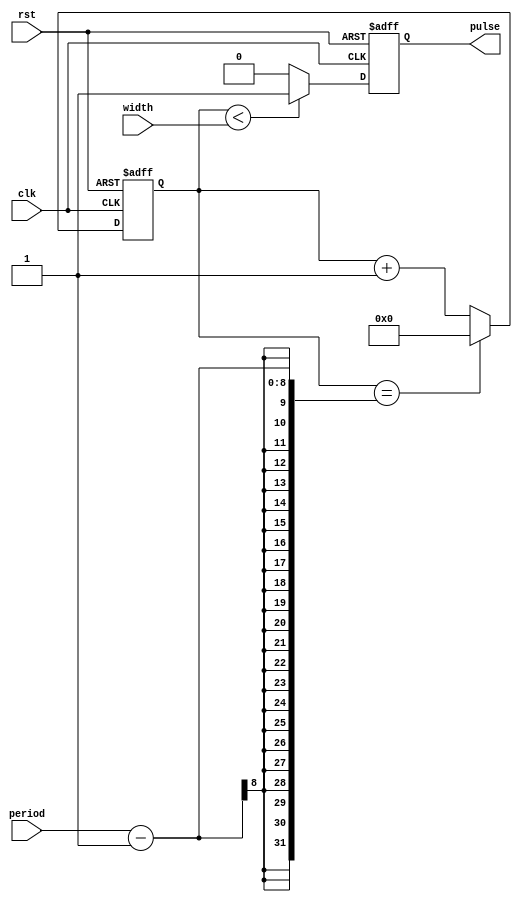
module SimplePulseGenerator (
  input clk,
  input rst,
  input [7:0] period,
  input [7:0] width,
  output reg pulse
);

reg [7:0] count;

// Counter to control the timing of pulse generation
always @(posedge clk or posedge rst)
begin
  if (rst)
    count <= 0;
  else if (count == period - 1)
    count <= 0;
  else
    count <= count + 1;
end

// Synchronization block to align pulse with clock signal
always @(posedge clk or posedge rst)
begin
  if (rst)
    pulse <= 0;
  else if (count < width)
    pulse <= 1;
  else
    pulse <= 0;
end

endmodule